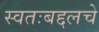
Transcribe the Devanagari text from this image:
स्वतःबद्दलचे